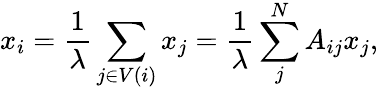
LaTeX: x_{i}=\frac{1}{\lambda}\sum_{j\in V(i)}x_{j}=\frac{1}{\lambda}\sum_{j}^{N}A_{ij}x_{j},